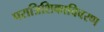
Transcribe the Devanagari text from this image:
परात्रिशिकाविवरण